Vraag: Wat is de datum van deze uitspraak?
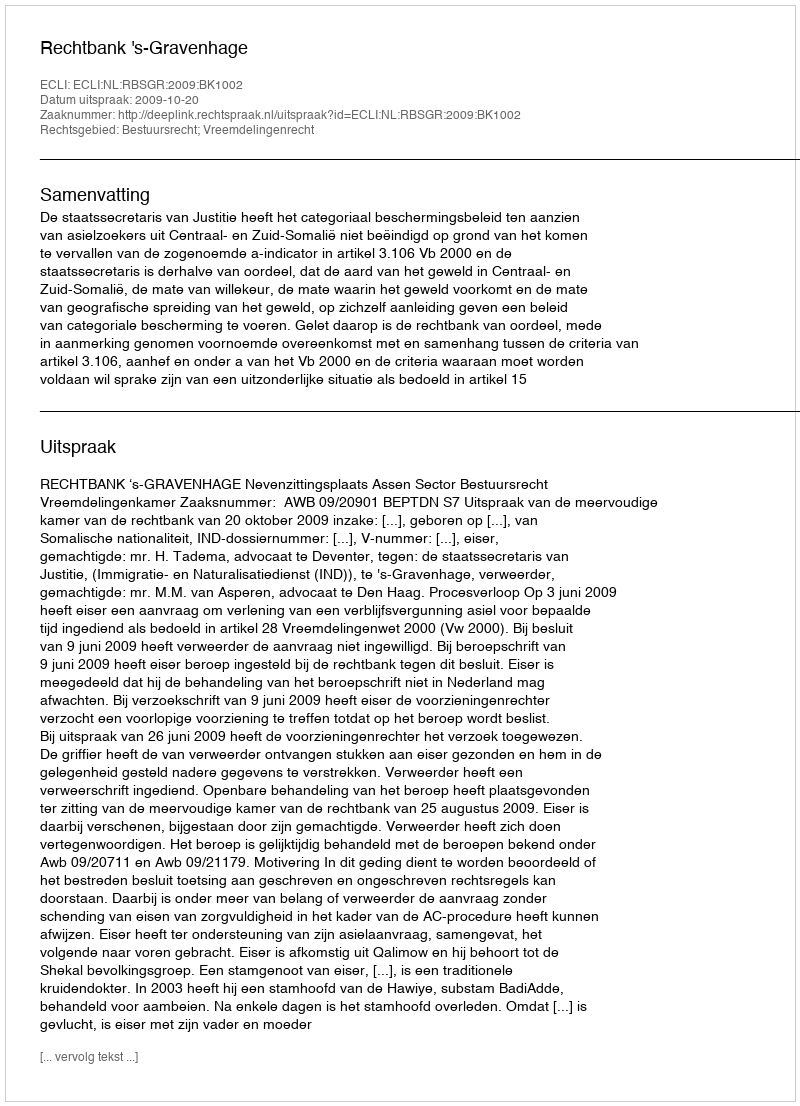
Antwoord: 2009-10-20